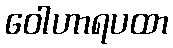
ဝေါဟာရပထာ